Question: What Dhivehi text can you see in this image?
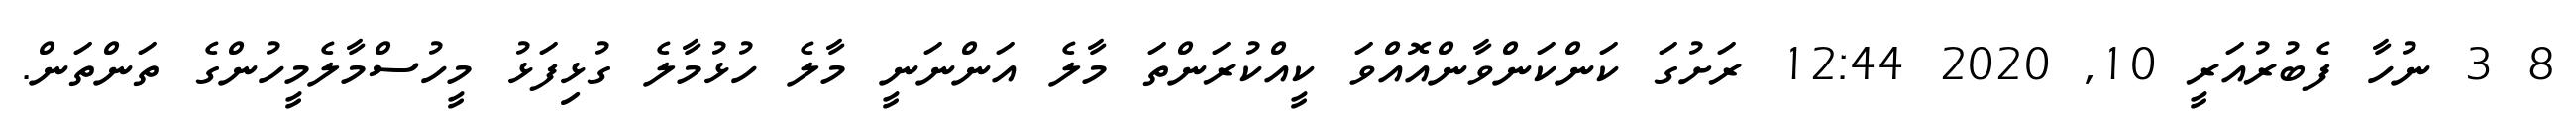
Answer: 8 3 ނުހާ ފެބުރުއަރީ 10, 2020 12:44 ރަށުގަ ކަންކަންވާންއޮއްވަ ކީއްކުރަންތަ މާލެ އަންނަނީ މާލެ ހުޅުމާލެ ގުޅިފަޅު މީހުސްމާލެމީހުންގެ ތަންތަން.